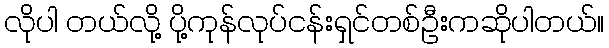
လိုပါ တယ်လို့ ပို့ကုန်လုပ်ငန်းရှင်တစ်ဦးကဆိုပါတယ်။